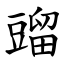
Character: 䝀